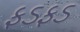
ફડફડ